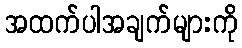
အထက်ပါအချက်များကို